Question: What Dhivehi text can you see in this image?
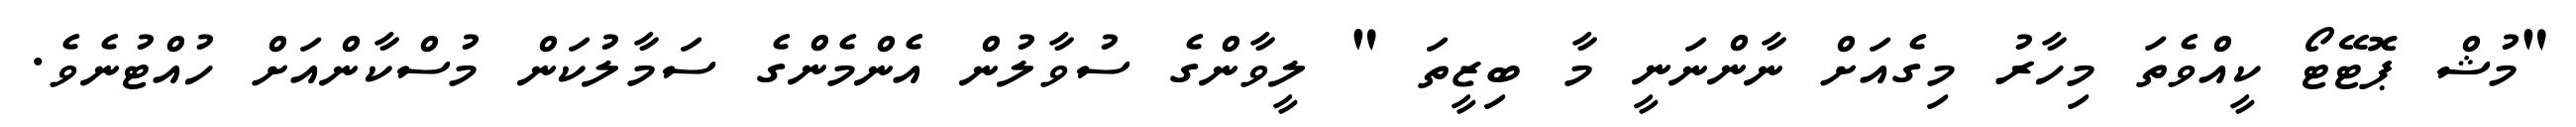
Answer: "މުޝް ޕޮޓޭޓޯ ކީއްވެތަ މިހާރު މިގެއަށް ނާންނަނީ މާ ބިޒީތަ " ލީވާންގެ ސުވާލުން އެންމެންގެ ސަމާލުކަން މުސްކާންއަށް ހުއްޓުނެވެ.